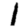
Digit: 1